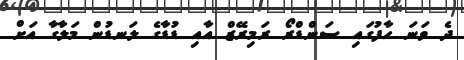
ދެ ވަނަ ހާފުގައި ސަންޑްރޯ ރަމިރޭޒް އާއި ޑުޑާގެ ލަނޑުން މަލާގާ އަށް